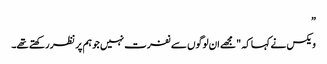
”
ویکس نے کہا کہ "مجھے ان لوگوں سے نفرت نہیں جو ہم پر نظر رکھتے تھے۔